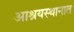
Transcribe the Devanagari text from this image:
आश्रयस्थानात